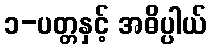
၁-ပတ္တနှင့် အဓိပ္ပါယ်